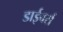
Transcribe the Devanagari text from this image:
डाईवर्स